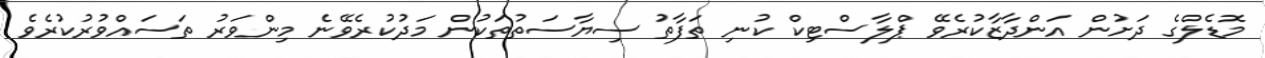
މޮޑެލްގެ ދަށުން އަންދާޒާކުރެވޭ ޕްލާސްޓިކް ކުނި ތަފާތު ސިޔާސަތުތަކުން މަދުކުރެވޭނެ މިންވަރު ތަސައްވުރުކުރެވެ